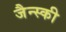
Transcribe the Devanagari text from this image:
जैन्स्की